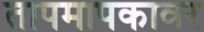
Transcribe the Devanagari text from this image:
तापमापकावर